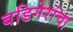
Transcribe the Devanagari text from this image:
बडिगेरांचा